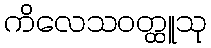
ကိလေသဝတ္ထူသု